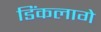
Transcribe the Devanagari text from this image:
डिंकलागे